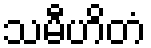
သမီဟိတံ